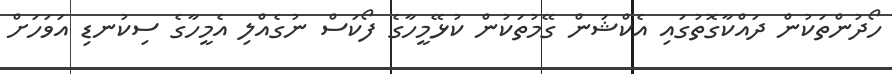
ހޯދުންތަކުން ދައްކާގޮތުގައި އެކްޝަން ގޭމުތަކުން ކުޅޭމީހާގެ ފޯކަސް ނުގެއްލި އެމީހާގެ ސިކުނޑި އަވަހަށް